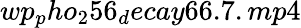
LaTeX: wp_{p}ho_{2}56_{d}ecay66.7.mp4